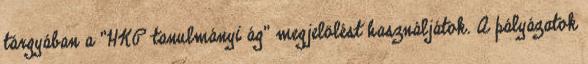
tárgyában a "HKP tanulmányi ág" megjelölést használjátok. A pályázatok